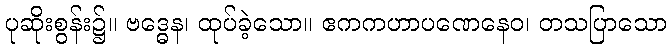
ပုဆိုးစွန်း၌။ ဗဒ္ဓေန၊ ထုပ်ခဲ့သော။ ဧကကဟာပဏေနေဝ၊ တသပြာသော